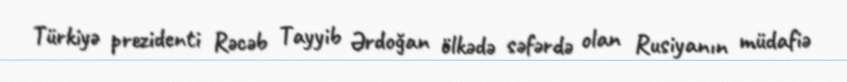
Türkiyə prezidenti Rəcəb Tayyib Ərdoğan ölkədə səfərdə olan Rusiyanın müdafiə